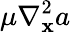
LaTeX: \mu\nabla_{\mathbf{x}}^{2}a